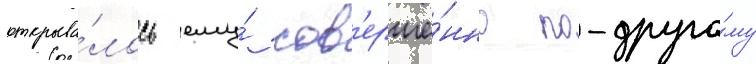
открыва́лось ему́ сов'ерше́нно по-друго́му